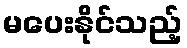
မပေးနိုင်သည့်